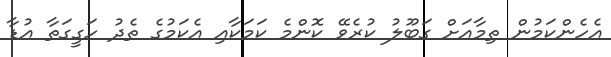
އެހެންކަމުން ތިމާއަށް ގަބޫލު ކުރެވޭ ކޮންމެ ކަމަކާއި އެކަމުގެ ތެދު ހަގީގަތާ އުޑާ